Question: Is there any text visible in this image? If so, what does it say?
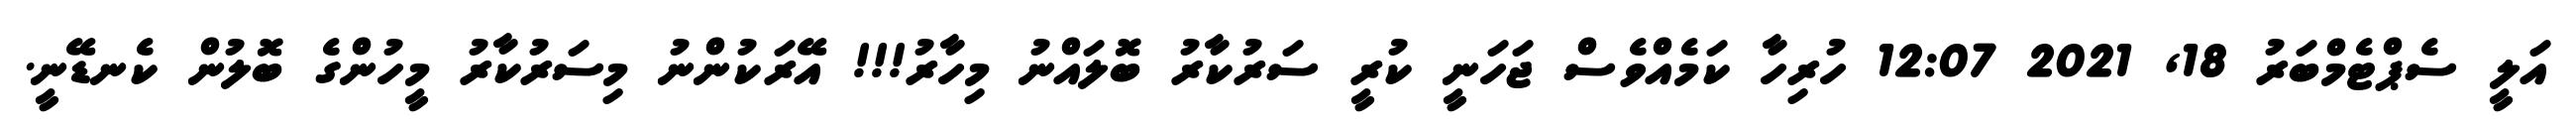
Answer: އަލީ ސެޕްޓެމްބަރު 18, 2021 12:07 ހުރިހާ ކަމެއްވެސް ޖަހަނީ ކުރީ ސަރުކާރު ބޮލައްނު މިހާރު!!! އޭރަކުންނު މިސަރުކާރު މީހުންގެ ބޮލުން ކެނޑޭނީ.